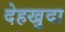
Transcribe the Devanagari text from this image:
देहखुदा